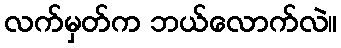
လက်မှတ်က ဘယ်လောက်လဲ။